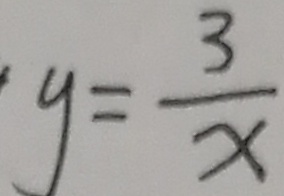
y = \frac { 3 } { x }